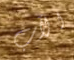
الآب